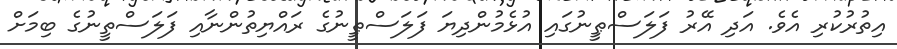
އިތުރުކުރި އެވެ. އަދި އޭރު ފަލަސްޠީނުގައި އުޅެމުންދިޔަ ފަލަސްޠީނުގެ ރައްޔިތުންނާއި ފަލަސްތީނުގެ ބިމަށް